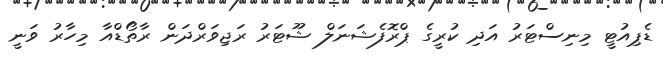
ޑެޕިއުޓީ މިނިސްޓަރު އަދި ކުރީގެ ޕްރޮފެޝަނަލް ޝޫޓަރު ރަޖިވަރްދަން ރާތޯޑްއާ މިހާރު ވަނީ